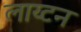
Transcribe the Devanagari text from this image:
लाय्टन